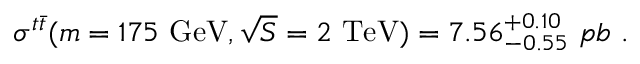
\sigma ^ { t \bar { t } } ( m = 1 7 5 \ \mathrm { G e V } , \sqrt { S } = 2 \ \mathrm { T e V } ) = 7 . 5 6 _ { - 0 . 5 5 } ^ { + 0 . 1 0 } \ p b \ .